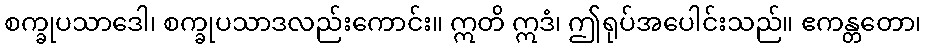
စက္ခုပသာဒေါ၊ စက္ခုပသာဒလည်းကောင်း။ ဣတိ ဣဒံ၊ ဤရုပ်အပေါင်းသည်။ ဧကန္တတော၊